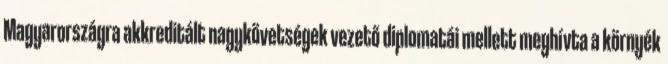
Magyarországra akkreditált nagykövetségek vezető diplomatái mellett meghívta a környék